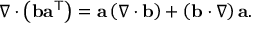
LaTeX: \nabla \cdot \left( \mathbf { b } \mathbf { a } ^ { \mathsf { T } } \right) = \mathbf { a } \left( \nabla \cdot \mathbf { b } \right) + \left( \mathbf { b } \cdot \nabla \right) \mathbf { a } .